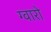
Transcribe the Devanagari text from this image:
ग्वारो